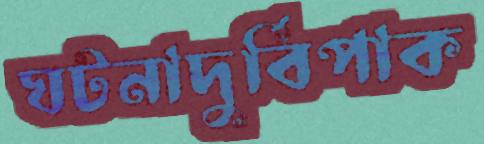
ঘটনাদুর্বিপাক